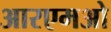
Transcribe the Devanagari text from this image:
आरएमओ